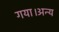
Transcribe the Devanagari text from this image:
गया।अन्य